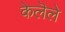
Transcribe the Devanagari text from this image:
केलॆले